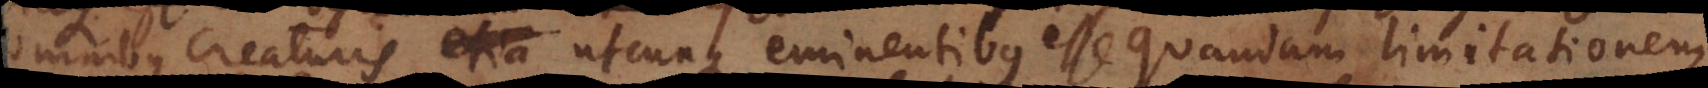
omnibus creaturis utcunque eminentibus esse quandam limitationem